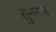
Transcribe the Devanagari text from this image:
सुमरण